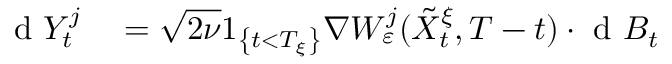
\begin{array} { r l } { \textrm { d } Y _ { t } ^ { j } } & { { } = \sqrt { 2 \nu } 1 _ { \left\{ t < T _ { \xi } \right\} } \nabla W _ { \varepsilon } ^ { j } ( \tilde { X } _ { t } ^ { \xi } , T - t ) \cdot \textrm { d } B _ { t } } \end{array}